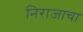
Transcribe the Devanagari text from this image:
निराजाचा